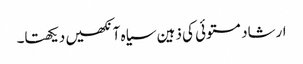
ارشاد مستوئی کی ذہین سیاہ آنکھیں دیکھتا۔